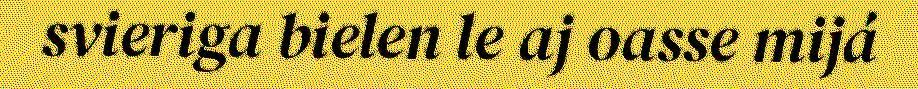
svieriga bielen le aj oasse mijá